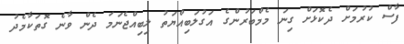
ފާސް ކުރުމަށް ދެކޮޅަށް ގިނަ މެމްބަރުންގެ އަގުލަބިއްޔަތު ލިބިއްޖެނަމަ ދެން ވާނެ ގޮތަކާމެދު